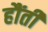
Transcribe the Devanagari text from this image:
हौंती